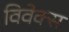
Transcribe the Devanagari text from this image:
विवेक्स